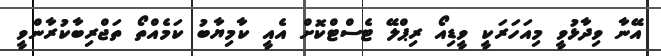
އޭނާ ވިދާޅުވީ މިއަހަރަކީ ވީޑިއޯ ރިޕްލޭ ޓެސްޓްކޮށް އެއީ ކާމިޔާބު ކަމެއްތޯ ތަޖްރިބާކުރާންވީ